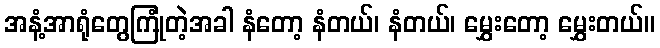
အနံ့အာရုံတွေကြုံတဲ့အခါ နံတော့ နံတယ်၊ နံတယ်၊ မွှေးတော့ မွှေးတယ်။